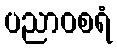
ပညာဝစရံ